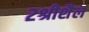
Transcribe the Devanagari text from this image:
२श्रीशैल